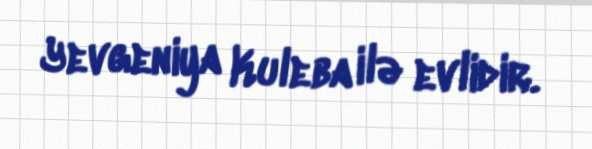
Yevgeniya Kuleba ilə evlidir.